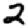
Digit: 2